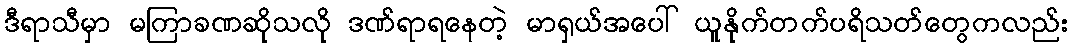
ဒီရာသီမှာ မကြာခဏဆိုသလို ဒဏ်ရာရနေတဲ့ မာရှယ်အပေါ် ယူနိုက်တက်ပရိသတ်တွေကလည်း